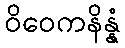
ဝိဝေကနိန္နံ